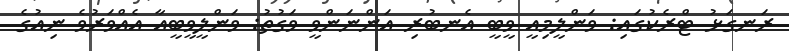
ރަނގަޅު ޓްރެކުގައި: ވަންލީމިއީ ވީބީ އެނބުރި އަންނަންވީ ވަގުތު: ވަންލީވީބީއާ އެއްވަރުވެ ނިއުގެ